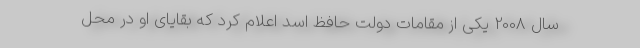
سال 2008 یکی از مقامات دولت حافظ اسد اعلام کرد که بقایای او در محل